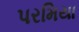
પરમિયા